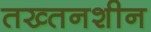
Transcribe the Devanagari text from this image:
तख्तनशीन